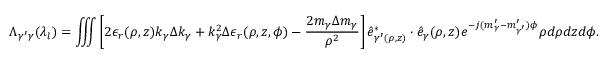
\Lambda _ { \gamma ^ { \prime } \gamma } ( \lambda _ { l } ) = \iiint \left[ 2 \epsilon _ { r } ( \rho , z ) k _ { \gamma } \Delta k _ { \gamma } + k _ { \gamma } ^ { 2 } \Delta \epsilon _ { r } ( \rho , z , \phi ) - \frac { 2 m _ { \gamma } \Delta m _ { \gamma } } { \rho ^ { 2 } } \right] \hat { e } _ { \gamma ^ { \prime } ( \rho , z ) } ^ { * } \cdot \hat { e } _ { \gamma } ( \rho , z ) e ^ { - j ( m _ { \gamma } ^ { \prime } - m _ { \gamma ^ { \prime } } ^ { \prime } ) \phi } { \rho } d { \rho } d z d \phi .